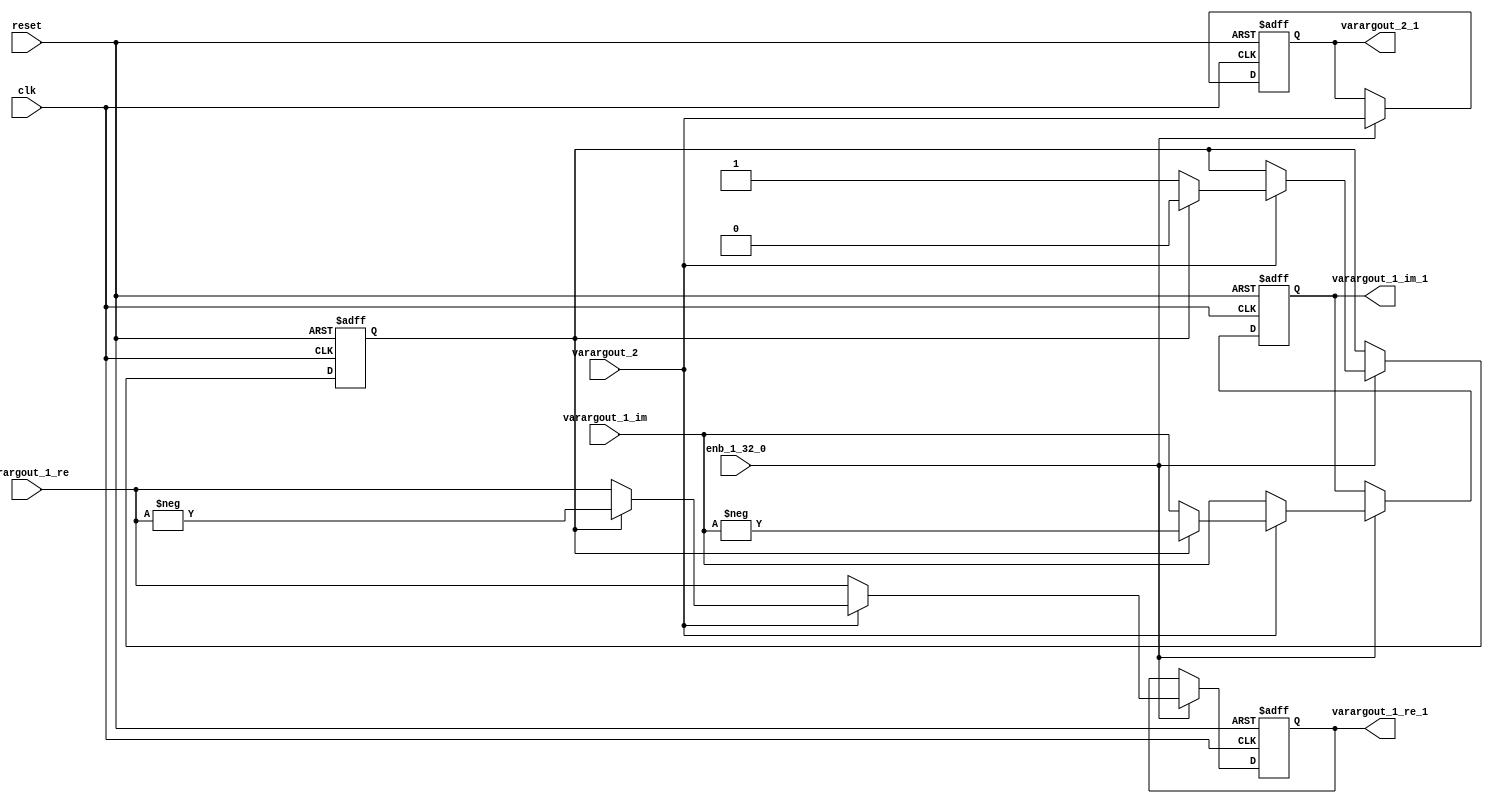
// -------------------------------------------------------------
// 
// 
// Generated by MATLAB 9.13 and HDL Coder 4.0
// 
// -------------------------------------------------------------


// -------------------------------------------------------------
// 
// Module: whdlOFDMTx_HDLFFTShiftMod
// Source Path: 
// Hierarchy Level: 5
// 
// -------------------------------------------------------------

`timescale 1 ns / 1 ns

module whdlOFDMTx_HDLFFTShiftMod
          (clk,
           reset,
           enb_1_32_0,
           varargout_1_re,
           varargout_1_im,
           varargout_2,
           varargout_1_re_1,
           varargout_1_im_1,
           varargout_2_1);


  input   clk;
  input   reset;
  input   enb_1_32_0;
  input   signed [15:0] varargout_1_re;  // sfix16_En14
  input   signed [15:0] varargout_1_im;  // sfix16_En14
  input   varargout_2;
  output  signed [15:0] varargout_1_re_1;  // sfix16_En14
  output  signed [15:0] varargout_1_im_1;  // sfix16_En14
  output  varargout_2_1;


  wire obj_HDLFFTShiftModObj_resetSig;
  wire signed [15:0] tmp;  // sfix16_En14
  wire obj_HDLFFTShiftModObj_count;
  wire obj_HDLFFTShiftModObj_count_1;
  wire obj_HDLFFTShiftModObj_count_2;
  reg  obj_HDLFFTShiftModObj_count_3;
  wire tmp_1;
  wire tmp_2;
  wire tmp_3;
  wire signed [15:0] tmp_4;  // sfix16_En14
  wire signed [15:0] temp1;  // sfix16_En14
  wire signed [16:0] p28temp1_cast;  // sfix17_En14
  wire signed [16:0] p28temp1_cast_1;  // sfix17_En14
  wire signed [15:0] tmp_5;  // sfix16_En14
  wire signed [15:0] tmp_6;  // sfix16_En14
  wire signed [15:0] obj_HDLFFTShiftModObj_rePart;  // sfix16_En14
  wire signed [15:0] tmp_7;  // sfix16_En14
  reg signed [15:0] obj_HDLFFTShiftModObj_rePart_1;  // sfix16_En14
  wire signed [15:0] tmp_8;  // sfix16_En14
  wire signed [15:0] tmp_9;  // sfix16_En14
  wire signed [15:0] temp2;  // sfix16_En14
  wire signed [16:0] p27temp2_cast;  // sfix17_En14
  wire signed [16:0] p27temp2_cast_1;  // sfix17_En14
  wire signed [15:0] tmp_10;  // sfix16_En14
  wire signed [15:0] tmp_11;  // sfix16_En14
  wire signed [15:0] obj_HDLFFTShiftModObj_imPart;  // sfix16_En14
  wire signed [15:0] tmp_12;  // sfix16_En14
  reg signed [15:0] obj_HDLFFTShiftModObj_imPart_1;  // sfix16_En14
  wire signed [15:0] varargout_1_re_2;  // sfix16_En14
  wire signed [15:0] varargout_1_im_2;  // sfix16_En14
  wire obj_HDLFFTShiftModObj_validOut;
  wire tmp_13;
  reg  obj_HDLFFTShiftModObj_validOut_1;


  assign obj_HDLFFTShiftModObj_resetSig = 1'b0;



  assign tmp = varargout_1_re;



  // HDL code generation from MATLAB function: SystemCore_stepImpl_falseregionp19
  assign obj_HDLFFTShiftModObj_count = 1'b1;



  // HDL code generation from MATLAB function: SystemCore_stepImpl_trueregionp19
  assign obj_HDLFFTShiftModObj_count_1 = 1'b0;



  // HDL code generation from MATLAB function: SystemCore_stepImpl_trueregionp7
  assign obj_HDLFFTShiftModObj_count_2 = 1'b0;



  // HDL code generation from MATLAB function: SystemCore_stepImpl_trueregionp15
  assign tmp_1 = (obj_HDLFFTShiftModObj_count_3 == 1'b0 ? obj_HDLFFTShiftModObj_count :
              obj_HDLFFTShiftModObj_count_1);



  assign tmp_2 = (varargout_2 == 1'b0 ? obj_HDLFFTShiftModObj_count_3 :
              tmp_1);



  assign tmp_3 = (obj_HDLFFTShiftModObj_resetSig == 1'b0 ? tmp_2 :
              obj_HDLFFTShiftModObj_count_2);



  always @(posedge clk or posedge reset)
    begin : obj_HDLFFTShiftModObj_count_reg_process
      if (reset == 1'b1) begin
        obj_HDLFFTShiftModObj_count_3 <= 1'b0;
      end
      else begin
        if (enb_1_32_0) begin
          obj_HDLFFTShiftModObj_count_3 <= tmp_3;
        end
      end
    end



  assign tmp_4 = varargout_1_re;



  assign p28temp1_cast = {varargout_1_re[15], varargout_1_re};
  assign p28temp1_cast_1 =  - (p28temp1_cast);
  assign temp1 = p28temp1_cast_1[15:0];



  assign tmp_5 = (obj_HDLFFTShiftModObj_count_3 == 1'b0 ? tmp_4 :
              temp1);



  assign tmp_6 = (varargout_2 == 1'b0 ? tmp :
              tmp_5);



  // HDL code generation from MATLAB function: SystemCore_stepImpl_trueregionp13
  assign obj_HDLFFTShiftModObj_rePart = 16'sb0000000000000000;



  assign tmp_7 = (obj_HDLFFTShiftModObj_resetSig == 1'b0 ? tmp_6 :
              obj_HDLFFTShiftModObj_rePart);



  always @(posedge clk or posedge reset)
    begin : obj_HDLFFTShiftModObj_rePart_reg_process
      if (reset == 1'b1) begin
        obj_HDLFFTShiftModObj_rePart_1 <= 16'sb0000000000000000;
      end
      else begin
        if (enb_1_32_0) begin
          obj_HDLFFTShiftModObj_rePart_1 <= tmp_7;
        end
      end
    end



  assign tmp_8 = varargout_1_im;



  // HDL code generation from MATLAB function: SystemCore_stepImpl
  assign tmp_9 = varargout_1_im;



  assign p27temp2_cast = {varargout_1_im[15], varargout_1_im};
  assign p27temp2_cast_1 =  - (p27temp2_cast);
  assign temp2 = p27temp2_cast_1[15:0];



  assign tmp_10 = (obj_HDLFFTShiftModObj_count_3 == 1'b0 ? tmp_9 :
              temp2);



  assign tmp_11 = (varargout_2 == 1'b0 ? tmp_8 :
              tmp_10);



  // HDL code generation from MATLAB function: SystemCore_stepImpl_trueregionp10
  assign obj_HDLFFTShiftModObj_imPart = 16'sb0000000000000000;



  assign tmp_12 = (obj_HDLFFTShiftModObj_resetSig == 1'b0 ? tmp_11 :
              obj_HDLFFTShiftModObj_imPart);



  always @(posedge clk or posedge reset)
    begin : obj_HDLFFTShiftModObj_imPart_reg_process
      if (reset == 1'b1) begin
        obj_HDLFFTShiftModObj_imPart_1 <= 16'sb0000000000000000;
      end
      else begin
        if (enb_1_32_0) begin
          obj_HDLFFTShiftModObj_imPart_1 <= tmp_12;
        end
      end
    end



  assign varargout_1_re_2 = obj_HDLFFTShiftModObj_rePart_1;
  assign varargout_1_im_2 = obj_HDLFFTShiftModObj_imPart_1;



  // HDL code generation from MATLAB function: SystemCore_stepImpl_trueregionp4
  assign obj_HDLFFTShiftModObj_validOut = 1'b0;



  assign tmp_13 = (obj_HDLFFTShiftModObj_resetSig == 1'b0 ? varargout_2 :
              obj_HDLFFTShiftModObj_validOut);



  always @(posedge clk or posedge reset)
    begin : obj_HDLFFTShiftModObj_validOut_reg_process
      if (reset == 1'b1) begin
        obj_HDLFFTShiftModObj_validOut_1 <= 1'b0;
      end
      else begin
        if (enb_1_32_0) begin
          obj_HDLFFTShiftModObj_validOut_1 <= tmp_13;
        end
      end
    end



  assign varargout_1_re_1 = varargout_1_re_2;

  assign varargout_1_im_1 = varargout_1_im_2;

  assign varargout_2_1 = obj_HDLFFTShiftModObj_validOut_1;

endmodule  // whdlOFDMTx_HDLFFTShiftMod